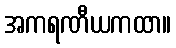
အကရဏီယကထာ။